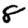
Digit: 8